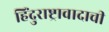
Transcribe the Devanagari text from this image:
हिंदुराष्ट्रावादाची